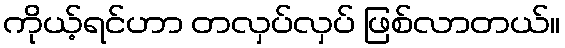
ကိုယ့်ရင်ဟာ တလှပ်လှပ် ဖြစ်လာတယ်။